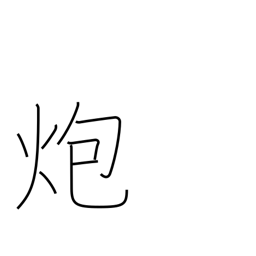
Meaning: burn